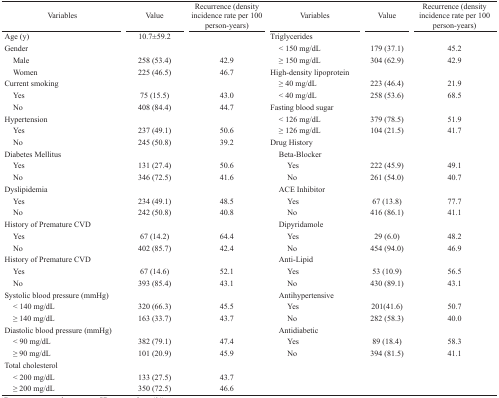
<table><thead><tr><td><b>Variables</b></td><td><b>Value</b></td><td><b>Recurrence (density incidence rate per 100 person-years)</b></td><td><b>Variables</b></td><td><b>Value</b></td><td><b>Recurrence (density incidence rate per 100 person-years)</b></td></tr></thead><tbody><tr><td>Age (y) </td><td>10.7±59.2</td><td></td><td>Triglycerides</td><td></td><td></td></tr><tr><td>Gender</td><td></td><td></td><td>&lt; 150 mg/dL</td><td>179 (37.1)</td><td>45.2</td></tr><tr><td>Male </td><td>258 (53.4)</td><td>42.9</td><td>≥ 150 mg/dL</td><td>304 (62.9)</td><td>42.9</td></tr><tr><td>Women </td><td>225 (46.5)</td><td>46.7</td><td>High-density lipoprotein</td><td></td><td></td></tr><tr><td>Current smoking</td><td></td><td></td><td>≥ 40 mg/dL</td><td>223 (46.4)</td><td>21.9</td></tr><tr><td>Yes </td><td>75 (15.5)</td><td>43.0</td><td>&lt; 40 mg/dL</td><td>258 (53.6)</td><td>68.5</td></tr><tr><td>No </td><td>408 (84.4)</td><td>44.7</td><td>Fasting blood sugar</td><td></td><td></td></tr><tr><td>Hypertension </td><td></td><td></td><td>&lt; 126 mg/dL</td><td>379 (78.5)</td><td>51.9</td></tr><tr><td>Yes </td><td>237 (49.1)</td><td>50.6</td><td>≥ 126 mg/dL</td><td>104 (21.5)</td><td>41.7</td></tr><tr><td>No </td><td>245 (50.8)</td><td>39.2</td><td>Drug History</td><td></td><td></td></tr><tr><td>Diabetes Mellitus</td><td></td><td></td><td>Beta-Blocker</td><td></td><td></td></tr><tr><td>Yes </td><td>131 (27.4)</td><td>50.6</td><td>Yes</td><td>222 (45.9)</td><td>49.1</td></tr><tr><td>No </td><td>346 (72.5)</td><td>41.6</td><td>No</td><td>261 (54.0)</td><td>40.7</td></tr><tr><td>Dyslipidemia</td><td></td><td></td><td>ACE Inhibitor</td><td></td><td></td></tr><tr><td>Yes </td><td>234 (49.1)</td><td>48.5</td><td>Yes</td><td>67 (13.8)</td><td>77.7</td></tr><tr><td>No </td><td>242 (50.8)</td><td>40.8</td><td>No</td><td>416 (86.1)</td><td>41.1</td></tr><tr><td>History of Premature CVD</td><td></td><td></td><td>Dipyridamole</td><td></td><td></td></tr><tr><td>Yes </td><td>67 (14.2)</td><td>64.4</td><td>Yes</td><td>29 (6.0)</td><td>48.2</td></tr><tr><td>No </td><td>402 (85.7)</td><td>42.4</td><td>No</td><td>454 (94.0)</td><td>46.9</td></tr><tr><td>History of Premature CVD</td><td></td><td></td><td>Anti-Lipid</td><td></td><td></td></tr><tr><td>Yes </td><td>67 (14.6)</td><td>52.1</td><td>Yes</td><td>53 (10.9)</td><td>56.5</td></tr><tr><td>No </td><td>393 (85.4)</td><td>43.1</td><td>No</td><td>430 (89.1)</td><td>43.1</td></tr><tr><td>Systolic blood pressure (mmHg)</td><td></td><td></td><td>Antihypertensive</td><td></td><td></td></tr><tr><td>&lt; 140 mg/dL </td><td>320 (66.3)</td><td>45.5</td><td>Yes</td><td>201(41.6)</td><td>50.7</td></tr><tr><td>≥ 140 mg/dL </td><td>163 (33.7)</td><td>43.7</td><td>No</td><td>282 (58.3)</td><td>40.0</td></tr><tr><td>Diastolic blood pressure (mmHg)</td><td></td><td></td><td>Antidiabetic</td><td></td><td></td></tr><tr><td>&lt; 90 mg/dL </td><td>382 (79.1)</td><td>47.4</td><td>Yes</td><td>89 (18.4)</td><td>58.3</td></tr><tr><td>≥ 90 mg/dL </td><td>101 (20.9)</td><td>45.9</td><td>No</td><td>394 (81.5)</td><td>41.1</td></tr><tr><td>Total cholesterol </td><td></td><td></td><td></td><td></td><td></td></tr><tr><td>&lt; 200 mg/dL</td><td>133 (27.5)</td><td>43.7</td><td></td><td></td><td></td></tr><tr><td>≥ 200 mg/dL</td><td>350 (72.5)</td><td>46.6</td><td></td><td></td><td></td></tr></tbody></table>